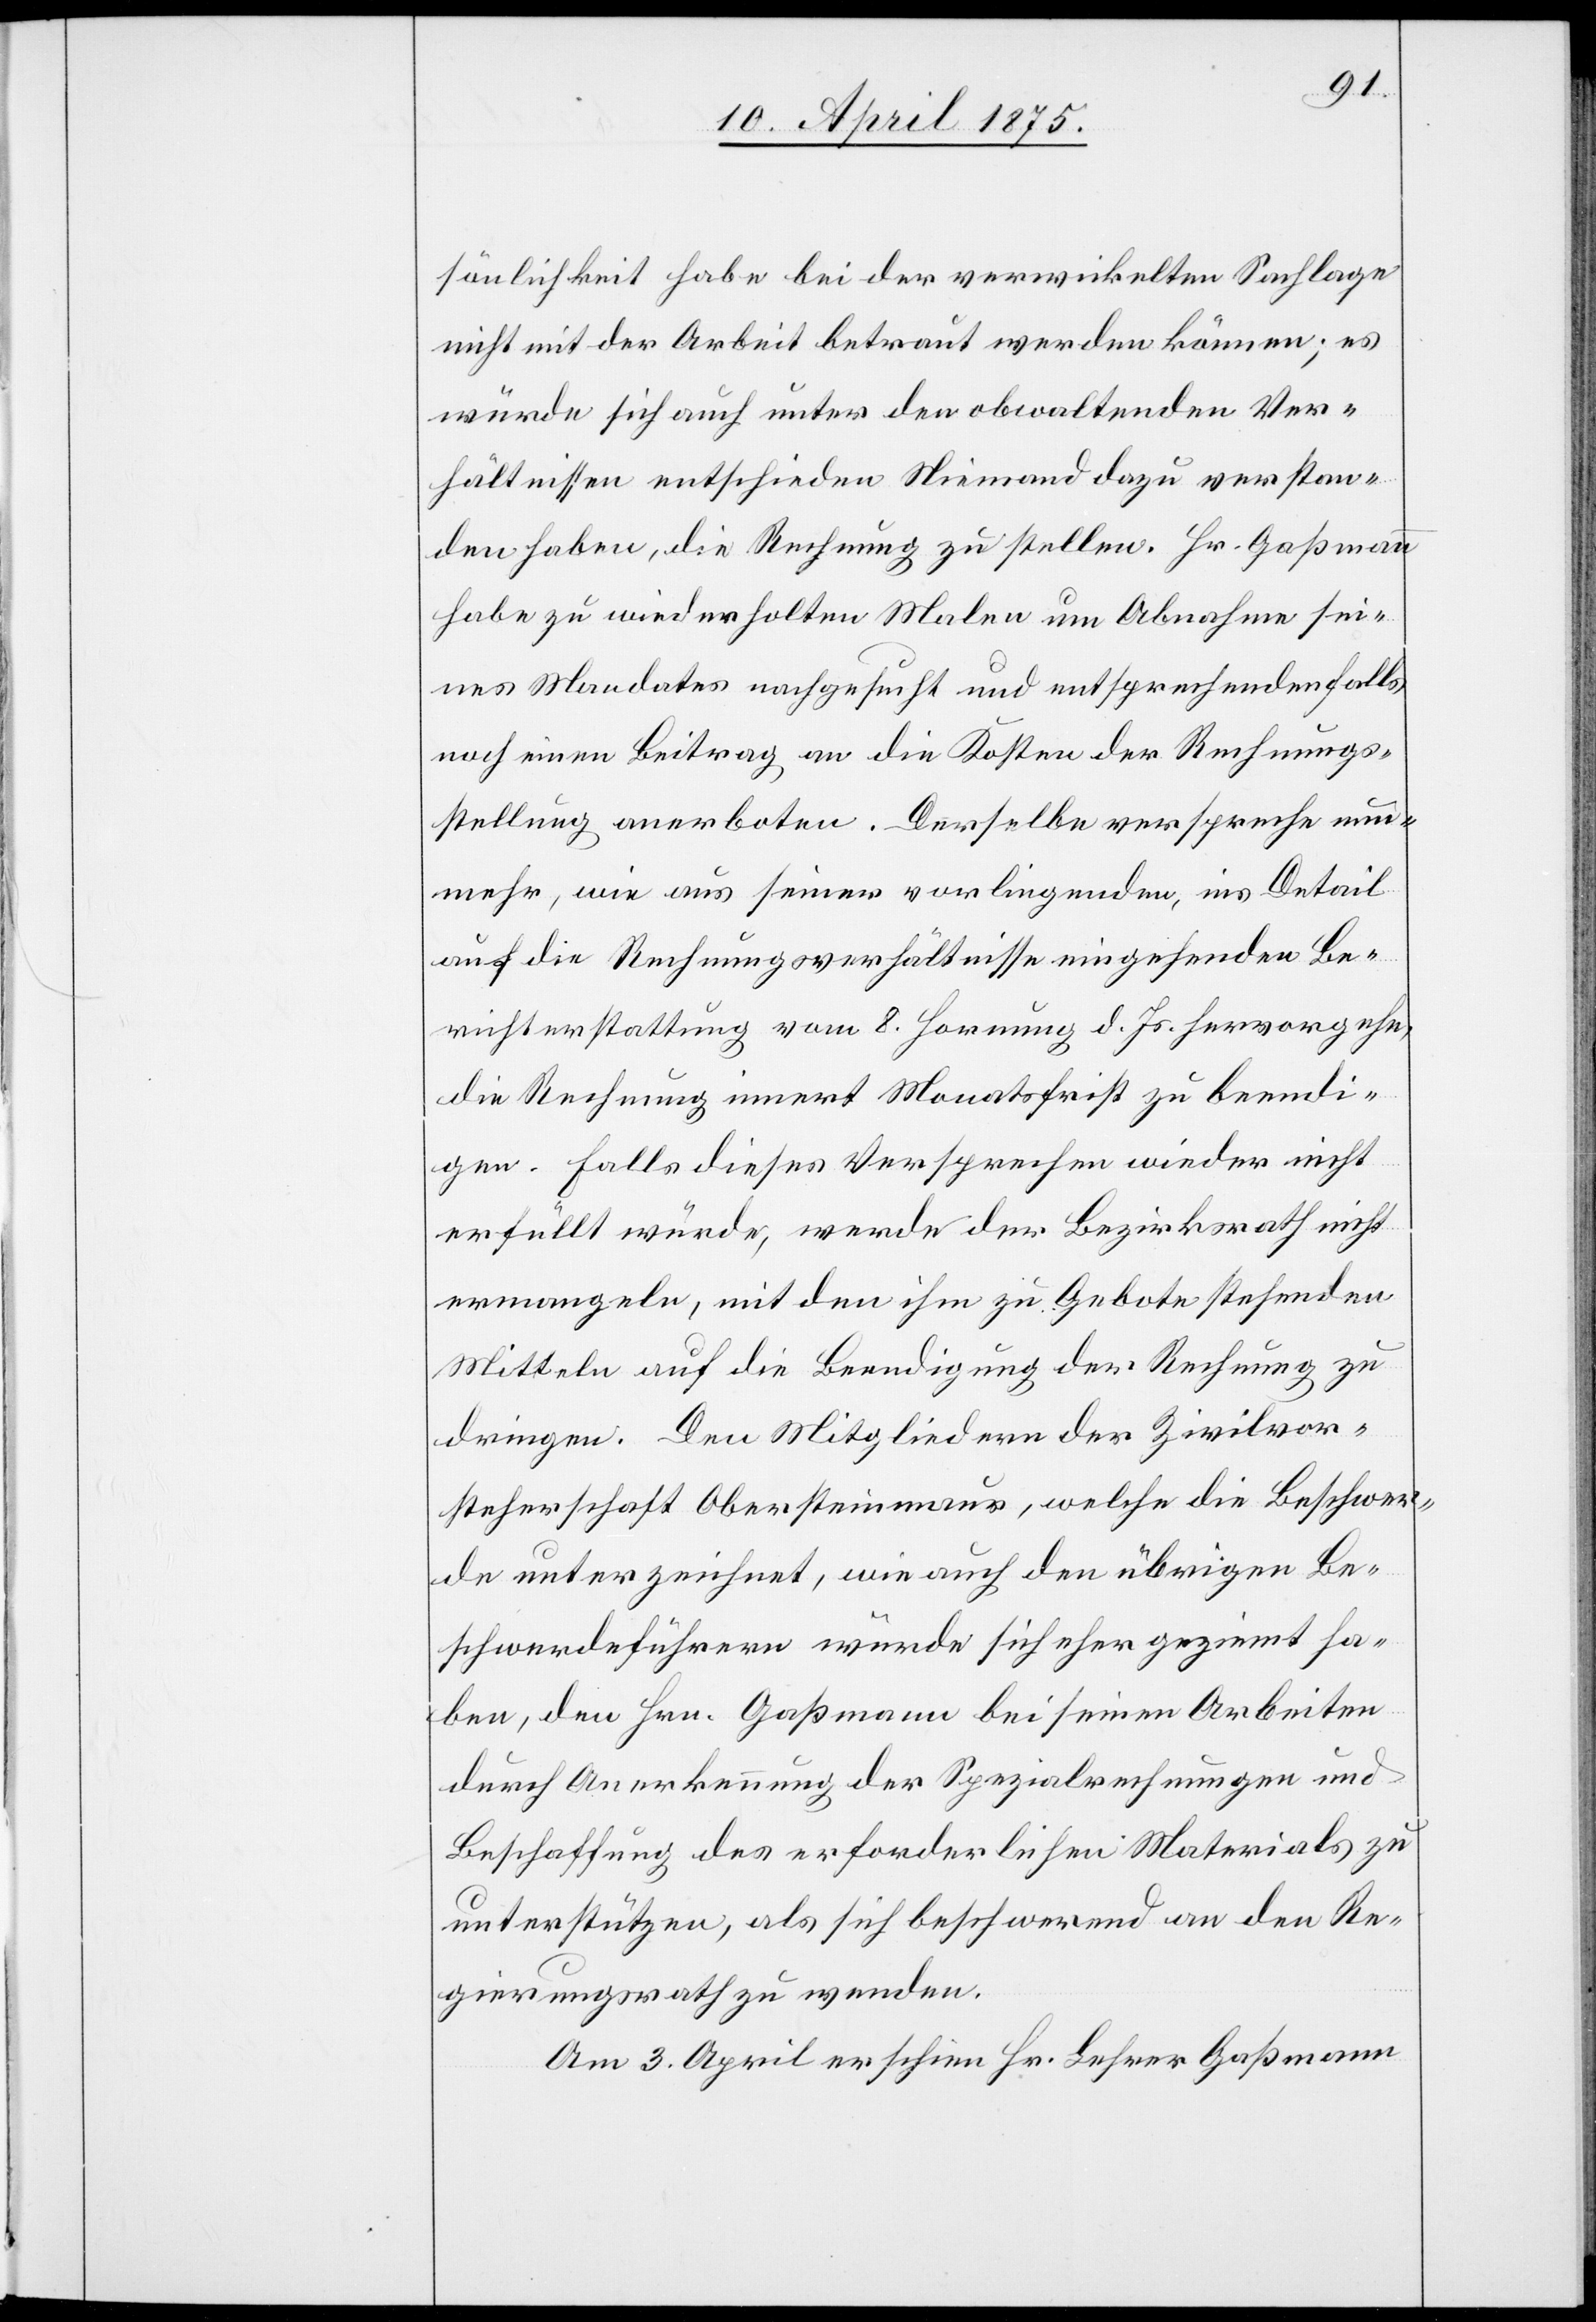
sönlichkeit habe bei der verwickelten Sachlage
nicht mit der Arbeit betraut werden können; es
würde sich auch unter den obwaltenden Ver¬
hältnissen entschieden niemand dazu verstan¬
den haben, die Rechnung zu stellen. Hr. Gaßmann
habe zu wiederholten Malen um Abnahme sei¬
nes Mandates nachgesucht und entsprechenden Falls
noch einen Beitrag an die Kosten der Rechnungs¬
stellung anerboten. Derselbe verspreche nun¬
mehr, wie aus seiner vorliegenden, ins Detail
auf die Rechnungsverhältnisse eingehenden Be¬
richtserstattung vom 8. Hornung d. Js. hervorgehe,
die Rechnung innert Monatsfrist zu beendi¬
gen. Falls dieses Versprechen wieder nicht
erfüllt würde, werde der Bezirksrath nicht
ermangeln, mit dem ihm zu Gebote stehenden
Mitteln auf die Beendigung der Rechnung zu
dringen. Den Mitgliedern der Zivilvor¬
steherschaft Obersteinmaur, welche die Beschwer¬
de unterzeichnet, wie auch den übrigen Be¬
schwerdeführern würde sich eher geziemt ha¬
ben, den Hrn. Gaßmann bei seinen Arbeiten
durch Anerkennung der Spezialrechnungen und
Beschaffung des erforderlichen Materials zu
unterstützen, als sich beschwerend an den Re¬
gierungsrath zu wenden.
Am 3. April erschien Hr. Lehrer Gaßmann